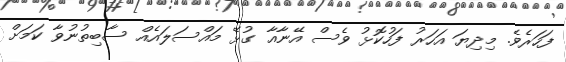
ފަހަރެވެ. މިދިޔަ އަހަރު ފަހުކޮޅު ވެސް އޭނާއާ ގުޅޭ މައްސަލައެއް ސާބިތުނުވާ ކަމަށް